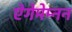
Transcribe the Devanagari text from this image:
ऐगेमेम्नन